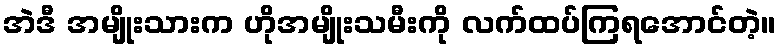
အဲဒီ အမျိုးသားက ဟိုအမျိုးသမီးကို လက်ထပ်ကြရအောင်တဲ့။